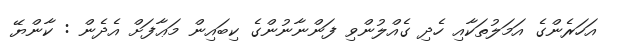
އަހަރެންގެ އަމަލުތަކާއި ހެދި ގެއްލުންވި ފަންނާނުންގެ ކިބައިން މަޢާފަށް އެދެން : ކާންޔޭ